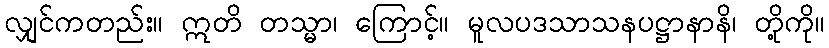
လျှင်ကတည်း။ ဣတိ တသ္မာ၊ ကြောင့်။ မူလပဒသာသနပဋ္ဌာနာနိ၊ တို့ကို။